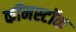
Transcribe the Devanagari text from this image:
कॉमस्टॉक